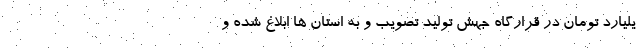
یلیارد تومان در قرارگاه جهش تولید تصویب و به استان ها ابلاغ شده و